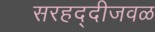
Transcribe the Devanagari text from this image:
सरहद्दीजवळ